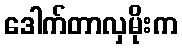
ဒေါက်တာလှမိုးက